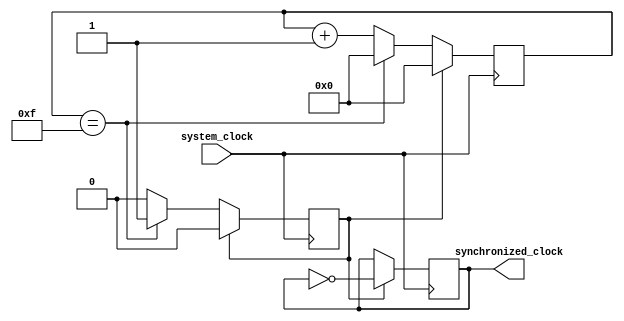
module timing_control_and_sync(
    input wire system_clock,
    output wire synchronized_clock
);

reg [3:0] count;
reg sync_clock_reg;
reg sync_flag;

always @ (posedge system_clock) begin
    // Synchronize the count signal with the system clock
    if (sync_flag == 1'b0) begin
        count <= count + 1;
        if (count == 4'b1111) begin
            count <= 4'b0000;
            sync_flag <= 1'b1;
        end
    end else begin
        count <= 4'b0000;
        sync_flag <= 1'b0;
    end
end

always @ (posedge system_clock) begin
    // Generate the synchronized clock signal
    if (sync_flag == 1'b1) begin
        sync_clock_reg <= ~sync_clock_reg;
    end
end

assign synchronized_clock = sync_clock_reg;

endmodule